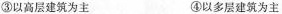
③以高层建筑为主 ④以多层建筑为主